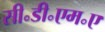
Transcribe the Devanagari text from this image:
सी॰डी॰एम॰ए